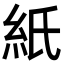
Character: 紙